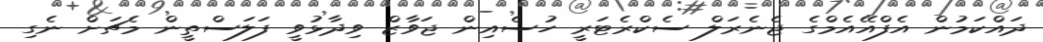
ދައްކަމުން އެފްއޭއެމްގެ ޖެނެރަލް ސެކްރެޓަރީ ހުސެއިން ޖަވާޒް ވިދާޅުވީ ފަލަސްތީން މެޗަށް ނެގި